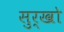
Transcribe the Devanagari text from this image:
सुर्खो